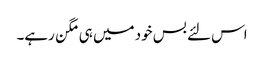
اس لئے بس خود میں ہی مگن رہے۔